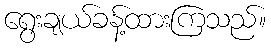
ရွေးချယ်ခန့်ထားကြသည်။